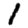
Digit: 1